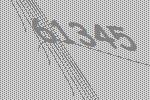
61345